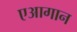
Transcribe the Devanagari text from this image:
एआगान